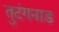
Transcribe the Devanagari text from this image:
तुटंगनाड